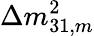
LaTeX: \Delta m_{31,m}^{2}